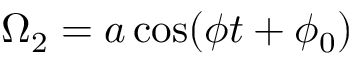
\Omega _ { 2 } = a \cos ( \phi t + \phi _ { 0 } )